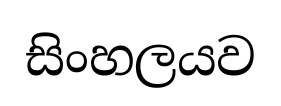
සිංහලයව